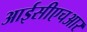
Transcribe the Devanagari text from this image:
आईसीएचआर